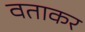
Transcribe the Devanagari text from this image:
वताकर